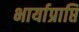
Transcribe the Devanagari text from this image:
भार्याप्राप्ति